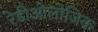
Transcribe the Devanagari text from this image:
रेडीओलोजिक